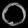
Digit: ၀